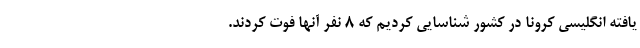
یافته انگلیسی کرونا در کشور شناسایی کردیم که ۸ نفر آنها فوت کردند.